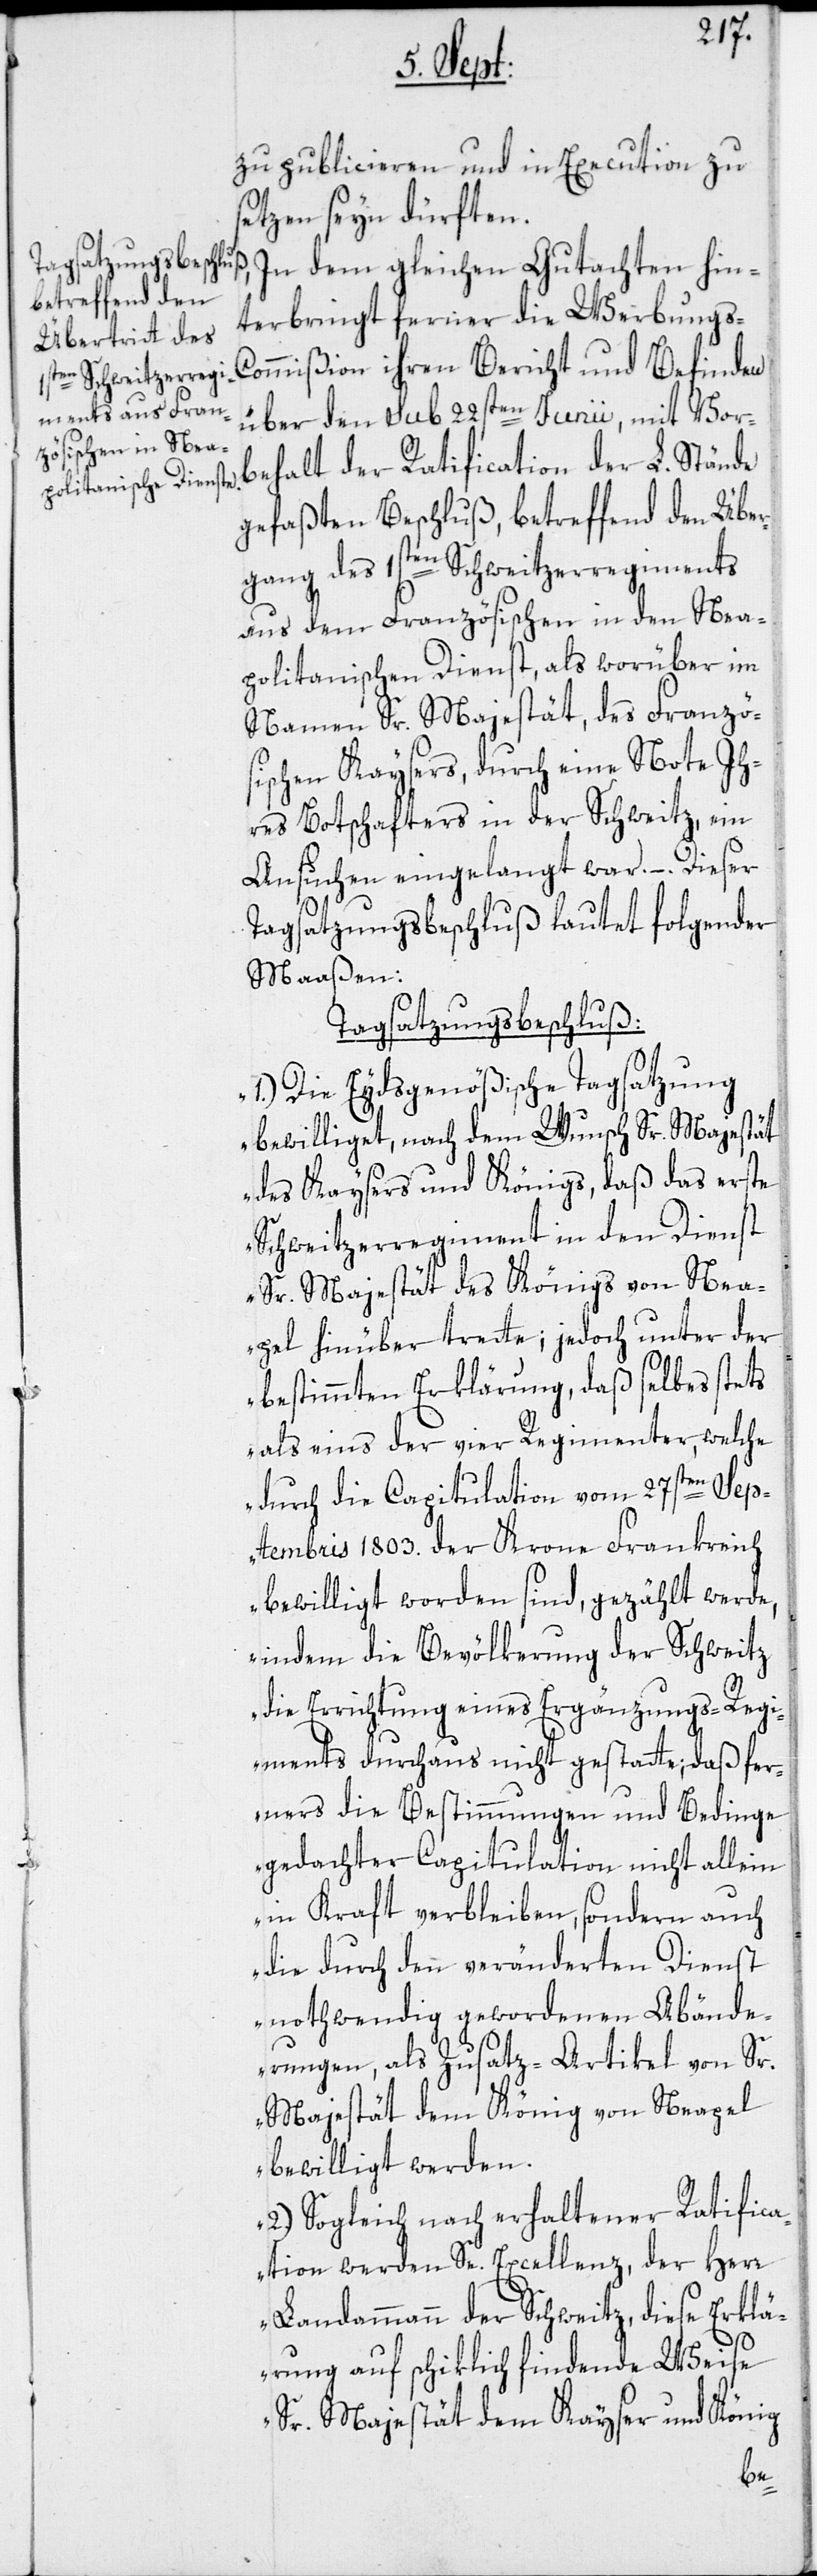
L. Stände
zu publicieren und in Execution zu
tzen sein dürften.
terbringt ferner die Werbungs-C¬
ommißion ihren Bericht und Befinden
über den sub 22sten Junii, mit Vor¬
gefaßten Beschluß, betreffend den Übe¬
rgang des 1sten Schweitzerregiments
aus dem Französischen in den Nea¬
politanischen Dienst, als worüber im
Namen Sr. Majestät, des Französ¬
ischen Kaysers, durch eine Note Ih¬
res Botschafters in der Schweitz, ein
Ansuchen eingelangt war. –. Dieser
Tagsatzungsbeschluß lautet folgender
Maaßen:
Tagsatzungsbeschluß:
1.) Die Eydsgenößische Tagsatzung
bewilliget, nach dem Wunsch Sr. Majestät
des Kaysers und Königs, daß das erste
Schweitzerregiment in den Dienst
Sr. Majestät des Königs von Nea¬
pel hinüber trette; jedoch unter der
bestimmten Erklärung, daß selbes stets
als eins der vier Regimenter, welche
durch die Capitulation vom 27sten Sep¬
tembris 1803. der Krone Frankreich
bewilligt worden sind, gezählt werde,
indem die Bevölkerung der Schweitz
die Errichtung eines Ergänzungs-Regi¬
ments durchaus nicht gestatte; daß fer¬
ners die Bestimmungen und Bedinge
gedachter Capitulation nicht allein
in Kraft verbleiben, sondern auch
die durch den veränderten Dienst
nothwendig gewordenen Abände¬
rungen, als Zusatz-Artikel von Sr.
Majestät dem König von Neapel
bewilligt werden.
2.) Sogleich nach erhaltener Ratifica¬
tion werden Se. Excellenz, der Herr
Landammann der Schweitz, diese Erklä¬
rung auf schiklich findende Weise
Sr. Majestät dem Kayser und König
beh¬